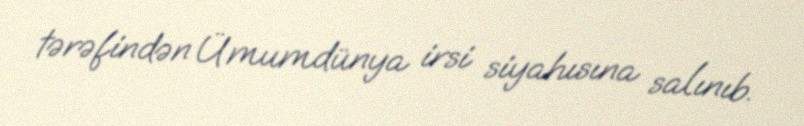
tərəfindən Ümumdünya irsi siyahısına salınıb.